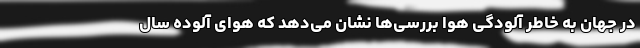
در جهان به خاطر آلودگی هوا بررسی‌ها نشان می‌دهد که هوای آلوده سال